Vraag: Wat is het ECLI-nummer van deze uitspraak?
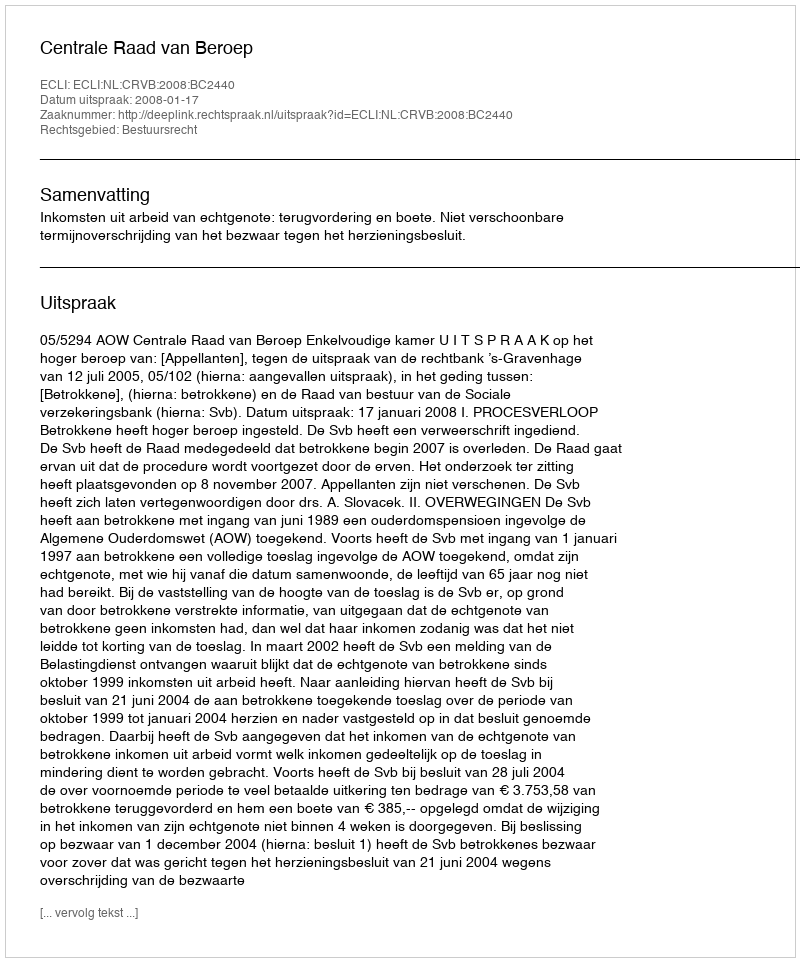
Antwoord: ECLI:NL:CRVB:2008:BC2440